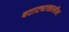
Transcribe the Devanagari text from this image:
बटाट्याखालील